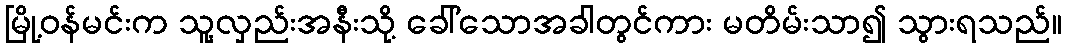
မြို့ဝန်မင်းက သူ့လှည်းအနီးသို့ ခေါ်သောအခါတွင်ကား မတိမ်းသာ၍ သွားရသည်။